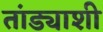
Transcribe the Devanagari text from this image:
तांड्याशी